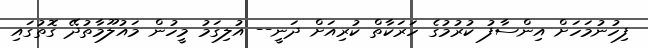
ފިހުނުމަހަށް އިންސާފު ކުރުމުގެ ހަރަކާތް ކުރިއަށް ދަނީ-- އުލިގަމު މީހުން މައުލޫމާތުދޭ ގޮތުގައި